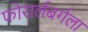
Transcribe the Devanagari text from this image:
फोरार्लबर्गला